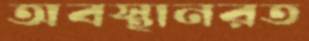
অবস্থানরত